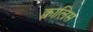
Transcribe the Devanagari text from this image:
क्वालिस